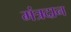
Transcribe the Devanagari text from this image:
मंत्रदान